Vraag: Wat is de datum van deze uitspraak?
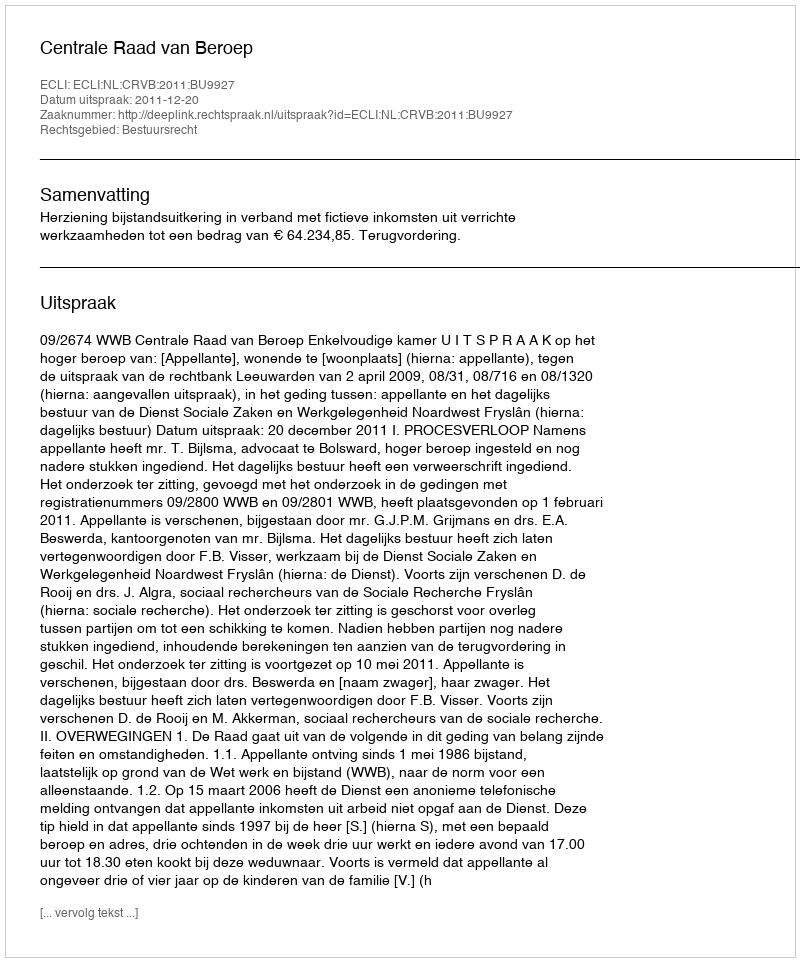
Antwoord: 2011-12-20